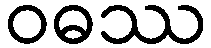
ဝဓဿ